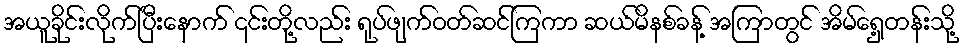
အယူခိုင်းလိုက်ပြီးနောက် ၎င်းတို့လည်း ရုပ်ဖျက်ဝတ်ဆင်ကြကာ ဆယ်မိနစ်ခန့် အကြာတွင် အိမ်ရှေ့တန်းသို့